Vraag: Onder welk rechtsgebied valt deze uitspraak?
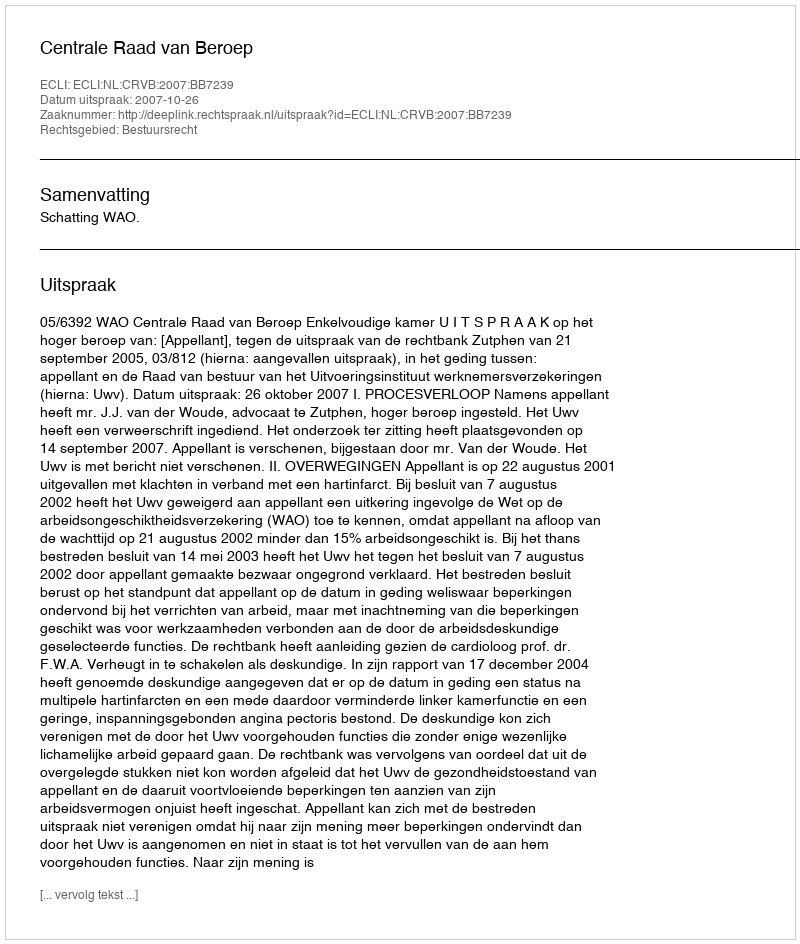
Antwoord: Bestuursrecht